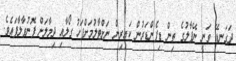
ދަގަނޑޭ ވަނީ ނޭޕާލުގެ ތިން ޑިފެންޑަރުން ކައިރިން ނަށްޓާލުމަށްފަހު ގޯލާއި ދިމާލަށް ފޮނުވާލާފައެވެ.